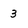
Character: 3